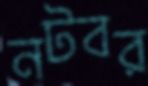
নটবর